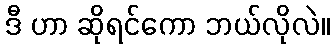
ဒီ ဟာ ဆိုရင်ကော ဘယ်လိုလဲ။